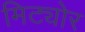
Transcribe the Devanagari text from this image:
मिट्योर